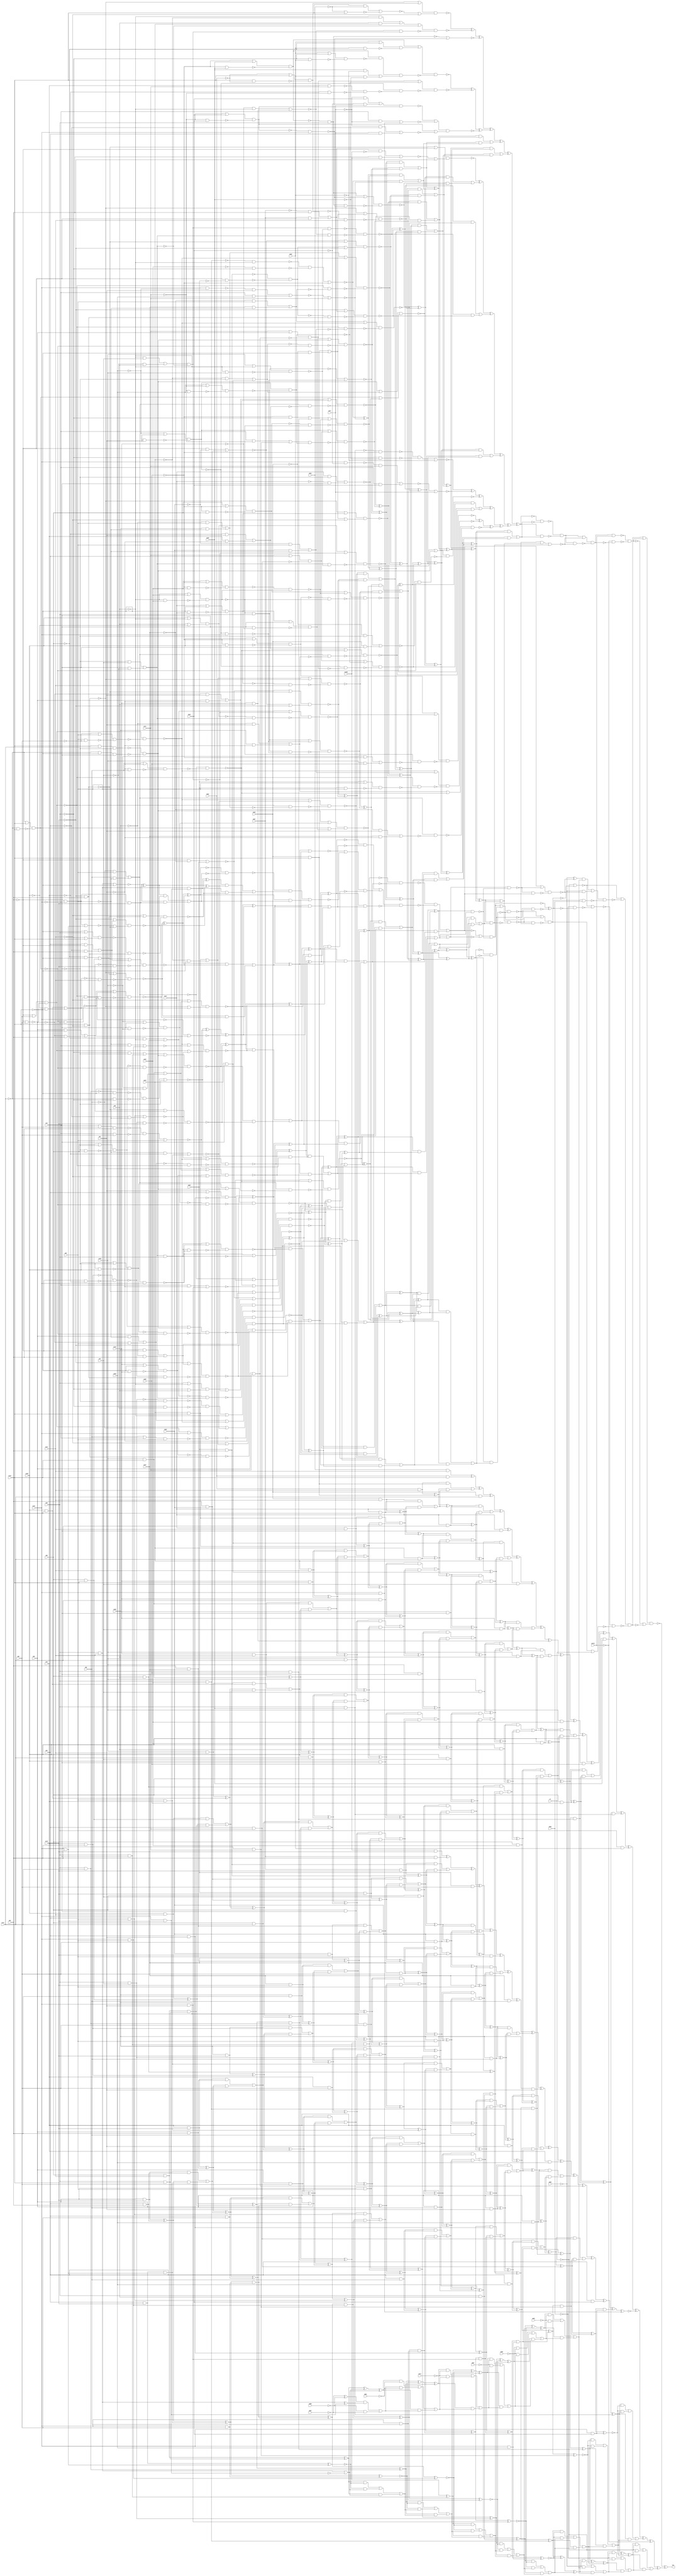
module top (out,n7,n28,n30,n37,n44,n50,n58,n60,n68
        ,n69,n79,n86,n91,n92,n104,n119,n121,n125,n133
        ,n141,n168,n176,n180,n216,n237,n392,n414,n422,n428
        ,n465,n471,n525,n558,n597,n638,n643,n652,n695,n853
        ,n860,n867,n874,n881,n887,n889,n902,n932,n950,n977
        ,n1005,n1073);
output out;
input n7;
input n28;
input n30;
input n37;
input n44;
input n50;
input n58;
input n60;
input n68;
input n69;
input n79;
input n86;
input n91;
input n92;
input n104;
input n119;
input n121;
input n125;
input n133;
input n141;
input n168;
input n176;
input n180;
input n216;
input n237;
input n392;
input n414;
input n422;
input n428;
input n465;
input n471;
input n525;
input n558;
input n597;
input n638;
input n643;
input n652;
input n695;
input n853;
input n860;
input n867;
input n874;
input n881;
input n887;
input n889;
input n902;
input n932;
input n950;
input n977;
input n1005;
input n1073;
wire n0;
wire n1;
wire n2;
wire n3;
wire n4;
wire n5;
wire n6;
wire n8;
wire n9;
wire n10;
wire n11;
wire n12;
wire n13;
wire n14;
wire n15;
wire n16;
wire n17;
wire n18;
wire n19;
wire n20;
wire n21;
wire n22;
wire n23;
wire n24;
wire n25;
wire n26;
wire n27;
wire n29;
wire n31;
wire n32;
wire n33;
wire n34;
wire n35;
wire n36;
wire n38;
wire n39;
wire n40;
wire n41;
wire n42;
wire n43;
wire n45;
wire n46;
wire n47;
wire n48;
wire n49;
wire n51;
wire n52;
wire n53;
wire n54;
wire n55;
wire n56;
wire n57;
wire n59;
wire n61;
wire n62;
wire n63;
wire n64;
wire n65;
wire n66;
wire n67;
wire n70;
wire n71;
wire n72;
wire n73;
wire n74;
wire n75;
wire n76;
wire n77;
wire n78;
wire n80;
wire n81;
wire n82;
wire n83;
wire n84;
wire n85;
wire n87;
wire n88;
wire n89;
wire n90;
wire n93;
wire n94;
wire n95;
wire n96;
wire n97;
wire n98;
wire n99;
wire n100;
wire n101;
wire n102;
wire n103;
wire n105;
wire n106;
wire n107;
wire n108;
wire n109;
wire n110;
wire n111;
wire n112;
wire n113;
wire n114;
wire n115;
wire n116;
wire n117;
wire n118;
wire n120;
wire n122;
wire n123;
wire n124;
wire n126;
wire n127;
wire n128;
wire n129;
wire n130;
wire n131;
wire n132;
wire n134;
wire n135;
wire n136;
wire n137;
wire n138;
wire n139;
wire n140;
wire n142;
wire n143;
wire n144;
wire n145;
wire n146;
wire n147;
wire n148;
wire n149;
wire n150;
wire n151;
wire n152;
wire n153;
wire n154;
wire n155;
wire n156;
wire n157;
wire n158;
wire n159;
wire n160;
wire n161;
wire n162;
wire n163;
wire n164;
wire n165;
wire n166;
wire n167;
wire n169;
wire n170;
wire n171;
wire n172;
wire n173;
wire n174;
wire n175;
wire n177;
wire n178;
wire n179;
wire n181;
wire n182;
wire n183;
wire n184;
wire n185;
wire n186;
wire n187;
wire n188;
wire n189;
wire n190;
wire n191;
wire n192;
wire n193;
wire n194;
wire n195;
wire n196;
wire n197;
wire n198;
wire n199;
wire n200;
wire n201;
wire n202;
wire n203;
wire n204;
wire n205;
wire n206;
wire n207;
wire n208;
wire n209;
wire n210;
wire n211;
wire n212;
wire n213;
wire n214;
wire n215;
wire n217;
wire n218;
wire n219;
wire n220;
wire n221;
wire n222;
wire n223;
wire n224;
wire n225;
wire n226;
wire n227;
wire n228;
wire n229;
wire n230;
wire n231;
wire n232;
wire n233;
wire n234;
wire n235;
wire n236;
wire n238;
wire n239;
wire n240;
wire n241;
wire n242;
wire n243;
wire n244;
wire n245;
wire n246;
wire n247;
wire n248;
wire n249;
wire n250;
wire n251;
wire n252;
wire n253;
wire n254;
wire n255;
wire n256;
wire n257;
wire n258;
wire n259;
wire n260;
wire n261;
wire n262;
wire n263;
wire n264;
wire n265;
wire n266;
wire n267;
wire n268;
wire n269;
wire n270;
wire n271;
wire n272;
wire n273;
wire n274;
wire n275;
wire n276;
wire n277;
wire n278;
wire n279;
wire n280;
wire n281;
wire n282;
wire n283;
wire n284;
wire n285;
wire n286;
wire n287;
wire n288;
wire n289;
wire n290;
wire n291;
wire n292;
wire n293;
wire n294;
wire n295;
wire n296;
wire n297;
wire n298;
wire n299;
wire n300;
wire n301;
wire n302;
wire n303;
wire n304;
wire n305;
wire n306;
wire n307;
wire n308;
wire n309;
wire n310;
wire n311;
wire n312;
wire n313;
wire n314;
wire n315;
wire n316;
wire n317;
wire n318;
wire n319;
wire n320;
wire n321;
wire n322;
wire n323;
wire n324;
wire n325;
wire n326;
wire n327;
wire n328;
wire n329;
wire n330;
wire n331;
wire n332;
wire n333;
wire n334;
wire n335;
wire n336;
wire n337;
wire n338;
wire n339;
wire n340;
wire n341;
wire n342;
wire n343;
wire n344;
wire n345;
wire n346;
wire n347;
wire n348;
wire n349;
wire n350;
wire n351;
wire n352;
wire n353;
wire n354;
wire n355;
wire n356;
wire n357;
wire n358;
wire n359;
wire n360;
wire n361;
wire n362;
wire n363;
wire n364;
wire n365;
wire n366;
wire n367;
wire n368;
wire n369;
wire n370;
wire n371;
wire n372;
wire n373;
wire n374;
wire n375;
wire n376;
wire n377;
wire n378;
wire n379;
wire n380;
wire n381;
wire n382;
wire n383;
wire n384;
wire n385;
wire n386;
wire n387;
wire n388;
wire n389;
wire n390;
wire n391;
wire n393;
wire n394;
wire n395;
wire n396;
wire n397;
wire n398;
wire n399;
wire n400;
wire n401;
wire n402;
wire n403;
wire n404;
wire n405;
wire n406;
wire n407;
wire n408;
wire n409;
wire n410;
wire n411;
wire n412;
wire n413;
wire n415;
wire n416;
wire n417;
wire n418;
wire n419;
wire n420;
wire n421;
wire n423;
wire n424;
wire n425;
wire n426;
wire n427;
wire n429;
wire n430;
wire n431;
wire n432;
wire n433;
wire n434;
wire n435;
wire n436;
wire n437;
wire n438;
wire n439;
wire n440;
wire n441;
wire n442;
wire n443;
wire n444;
wire n445;
wire n446;
wire n447;
wire n448;
wire n449;
wire n450;
wire n451;
wire n452;
wire n453;
wire n454;
wire n455;
wire n456;
wire n457;
wire n458;
wire n459;
wire n460;
wire n461;
wire n462;
wire n463;
wire n464;
wire n466;
wire n467;
wire n468;
wire n469;
wire n470;
wire n472;
wire n473;
wire n474;
wire n475;
wire n476;
wire n477;
wire n478;
wire n479;
wire n480;
wire n481;
wire n482;
wire n483;
wire n484;
wire n485;
wire n486;
wire n487;
wire n488;
wire n489;
wire n490;
wire n491;
wire n492;
wire n493;
wire n494;
wire n495;
wire n496;
wire n497;
wire n498;
wire n499;
wire n500;
wire n501;
wire n502;
wire n503;
wire n504;
wire n505;
wire n506;
wire n507;
wire n508;
wire n509;
wire n510;
wire n511;
wire n512;
wire n513;
wire n514;
wire n515;
wire n516;
wire n517;
wire n518;
wire n519;
wire n520;
wire n521;
wire n522;
wire n523;
wire n524;
wire n526;
wire n527;
wire n528;
wire n529;
wire n530;
wire n531;
wire n532;
wire n533;
wire n534;
wire n535;
wire n536;
wire n537;
wire n538;
wire n539;
wire n540;
wire n541;
wire n542;
wire n543;
wire n544;
wire n545;
wire n546;
wire n547;
wire n548;
wire n549;
wire n550;
wire n551;
wire n552;
wire n553;
wire n554;
wire n555;
wire n556;
wire n557;
wire n559;
wire n560;
wire n561;
wire n562;
wire n563;
wire n564;
wire n565;
wire n566;
wire n567;
wire n568;
wire n569;
wire n570;
wire n571;
wire n572;
wire n573;
wire n574;
wire n575;
wire n576;
wire n577;
wire n578;
wire n579;
wire n580;
wire n581;
wire n582;
wire n583;
wire n584;
wire n585;
wire n586;
wire n587;
wire n588;
wire n589;
wire n590;
wire n591;
wire n592;
wire n593;
wire n594;
wire n595;
wire n596;
wire n598;
wire n599;
wire n600;
wire n601;
wire n602;
wire n603;
wire n604;
wire n605;
wire n606;
wire n607;
wire n608;
wire n609;
wire n610;
wire n611;
wire n612;
wire n613;
wire n614;
wire n615;
wire n616;
wire n617;
wire n618;
wire n619;
wire n620;
wire n621;
wire n622;
wire n623;
wire n624;
wire n625;
wire n626;
wire n627;
wire n628;
wire n629;
wire n630;
wire n631;
wire n632;
wire n633;
wire n634;
wire n635;
wire n636;
wire n637;
wire n639;
wire n640;
wire n641;
wire n642;
wire n644;
wire n645;
wire n646;
wire n647;
wire n648;
wire n649;
wire n650;
wire n651;
wire n653;
wire n654;
wire n655;
wire n656;
wire n657;
wire n658;
wire n659;
wire n660;
wire n661;
wire n662;
wire n663;
wire n664;
wire n665;
wire n666;
wire n667;
wire n668;
wire n669;
wire n670;
wire n671;
wire n672;
wire n673;
wire n674;
wire n675;
wire n676;
wire n677;
wire n678;
wire n679;
wire n680;
wire n681;
wire n682;
wire n683;
wire n684;
wire n685;
wire n686;
wire n687;
wire n688;
wire n689;
wire n690;
wire n691;
wire n692;
wire n693;
wire n694;
wire n696;
wire n697;
wire n698;
wire n699;
wire n700;
wire n701;
wire n702;
wire n703;
wire n704;
wire n705;
wire n706;
wire n707;
wire n708;
wire n709;
wire n710;
wire n711;
wire n712;
wire n713;
wire n714;
wire n715;
wire n716;
wire n717;
wire n718;
wire n719;
wire n720;
wire n721;
wire n722;
wire n723;
wire n724;
wire n725;
wire n726;
wire n727;
wire n728;
wire n729;
wire n730;
wire n731;
wire n732;
wire n733;
wire n734;
wire n735;
wire n736;
wire n737;
wire n738;
wire n739;
wire n740;
wire n741;
wire n742;
wire n743;
wire n744;
wire n745;
wire n746;
wire n747;
wire n748;
wire n749;
wire n750;
wire n751;
wire n752;
wire n753;
wire n754;
wire n755;
wire n756;
wire n757;
wire n758;
wire n759;
wire n760;
wire n761;
wire n762;
wire n763;
wire n764;
wire n765;
wire n766;
wire n767;
wire n768;
wire n769;
wire n770;
wire n771;
wire n772;
wire n773;
wire n774;
wire n775;
wire n776;
wire n777;
wire n778;
wire n779;
wire n780;
wire n781;
wire n782;
wire n783;
wire n784;
wire n785;
wire n786;
wire n787;
wire n788;
wire n789;
wire n790;
wire n791;
wire n792;
wire n793;
wire n794;
wire n795;
wire n796;
wire n797;
wire n798;
wire n799;
wire n800;
wire n801;
wire n802;
wire n803;
wire n804;
wire n805;
wire n806;
wire n807;
wire n808;
wire n809;
wire n810;
wire n811;
wire n812;
wire n813;
wire n814;
wire n815;
wire n816;
wire n817;
wire n818;
wire n819;
wire n820;
wire n821;
wire n822;
wire n823;
wire n824;
wire n825;
wire n826;
wire n827;
wire n828;
wire n829;
wire n830;
wire n831;
wire n832;
wire n833;
wire n834;
wire n835;
wire n836;
wire n837;
wire n838;
wire n839;
wire n840;
wire n841;
wire n842;
wire n843;
wire n844;
wire n845;
wire n846;
wire n847;
wire n848;
wire n849;
wire n850;
wire n851;
wire n852;
wire n854;
wire n855;
wire n856;
wire n857;
wire n858;
wire n859;
wire n861;
wire n862;
wire n863;
wire n864;
wire n865;
wire n866;
wire n868;
wire n869;
wire n870;
wire n871;
wire n872;
wire n873;
wire n875;
wire n876;
wire n877;
wire n878;
wire n879;
wire n880;
wire n882;
wire n883;
wire n884;
wire n885;
wire n886;
wire n888;
wire n890;
wire n891;
wire n892;
wire n893;
wire n894;
wire n895;
wire n896;
wire n897;
wire n898;
wire n899;
wire n900;
wire n901;
wire n903;
wire n904;
wire n905;
wire n906;
wire n907;
wire n908;
wire n909;
wire n910;
wire n911;
wire n912;
wire n913;
wire n914;
wire n915;
wire n916;
wire n917;
wire n918;
wire n919;
wire n920;
wire n921;
wire n922;
wire n923;
wire n924;
wire n925;
wire n926;
wire n927;
wire n928;
wire n929;
wire n930;
wire n931;
wire n933;
wire n934;
wire n935;
wire n936;
wire n937;
wire n938;
wire n939;
wire n940;
wire n941;
wire n942;
wire n943;
wire n944;
wire n945;
wire n946;
wire n947;
wire n948;
wire n949;
wire n951;
wire n952;
wire n953;
wire n954;
wire n955;
wire n956;
wire n957;
wire n958;
wire n959;
wire n960;
wire n961;
wire n962;
wire n963;
wire n964;
wire n965;
wire n966;
wire n967;
wire n968;
wire n969;
wire n970;
wire n971;
wire n972;
wire n973;
wire n974;
wire n975;
wire n976;
wire n978;
wire n979;
wire n980;
wire n981;
wire n982;
wire n983;
wire n984;
wire n985;
wire n986;
wire n987;
wire n988;
wire n989;
wire n990;
wire n991;
wire n992;
wire n993;
wire n994;
wire n995;
wire n996;
wire n997;
wire n998;
wire n999;
wire n1000;
wire n1001;
wire n1002;
wire n1003;
wire n1004;
wire n1006;
wire n1007;
wire n1008;
wire n1009;
wire n1010;
wire n1011;
wire n1012;
wire n1013;
wire n1014;
wire n1015;
wire n1016;
wire n1017;
wire n1018;
wire n1019;
wire n1020;
wire n1021;
wire n1022;
wire n1023;
wire n1024;
wire n1025;
wire n1026;
wire n1027;
wire n1028;
wire n1029;
wire n1030;
wire n1031;
wire n1032;
wire n1033;
wire n1034;
wire n1035;
wire n1036;
wire n1037;
wire n1038;
wire n1039;
wire n1040;
wire n1041;
wire n1042;
wire n1043;
wire n1044;
wire n1045;
wire n1046;
wire n1047;
wire n1048;
wire n1049;
wire n1050;
wire n1051;
wire n1052;
wire n1053;
wire n1054;
wire n1055;
wire n1056;
wire n1057;
wire n1058;
wire n1059;
wire n1060;
wire n1061;
wire n1062;
wire n1063;
wire n1064;
wire n1065;
wire n1066;
wire n1067;
wire n1068;
wire n1069;
wire n1070;
wire n1071;
wire n1072;
wire n1074;
wire n1075;
wire n1076;
wire n1077;
wire n1078;
wire n1079;
wire n1080;
wire n1081;
wire n1082;
wire n1083;
wire n1084;
wire n1085;
wire n1086;
wire n1087;
wire n1088;
wire n1089;
wire n1090;
wire n1091;
wire n1092;
wire n1093;
wire n1094;
wire n1095;
wire n1096;
wire n1097;
wire n1098;
wire n1099;
wire n1100;
wire n1101;
wire n1102;
wire n1103;
wire n1104;
wire n1105;
wire n1106;
wire n1107;
wire n1108;
wire n1109;
wire n1110;
wire n1111;
wire n1112;
wire n1113;
wire n1114;
wire n1115;
wire n1116;
wire n1117;
wire n1118;
wire n1119;
wire n1120;
wire n1121;
wire n1122;
wire n1123;
wire n1124;
wire n1125;
wire n1126;
wire n1127;
wire n1128;
wire n1129;
wire n1130;
wire n1131;
wire n1132;
wire n1133;
wire n1134;
wire n1135;
wire n1136;
wire n1137;
wire n1138;
wire n1139;
wire n1140;
wire n1141;
wire n1142;
wire n1143;
wire n1144;
wire n1145;
wire n1146;
wire n1147;
wire n1148;
wire n1149;
wire n1150;
wire n1151;
wire n1152;
wire n1153;
wire n1154;
wire n1155;
wire n1156;
wire n1157;
wire n1158;
wire n1159;
wire n1160;
wire n1161;
wire n1162;
wire n1163;
wire n1164;
wire n1165;
wire n1166;
wire n1167;
wire n1168;
wire n1169;
wire n1170;
wire n1171;
wire n1172;
wire n1173;
wire n1174;
wire n1175;
wire n1176;
wire n1177;
wire n1178;
wire n1179;
wire n1180;
wire n1181;
wire n1182;
wire n1183;
wire n1184;
wire n1185;
wire n1186;
wire n1187;
wire n1188;
wire n1189;
wire n1190;
wire n1191;
wire n1192;
wire n1193;
wire n1194;
wire n1195;
wire n1196;
wire n1197;
wire n1198;
wire n1199;
wire n1200;
wire n1201;
wire n1202;
wire n1203;
wire n1204;
wire n1205;
wire n1206;
wire n1207;
wire n1208;
wire n1209;
wire n1210;
wire n1211;
wire n1212;
wire n1213;
wire n1214;
wire n1215;
wire n1216;
wire n1217;
wire n1218;
wire n1219;
wire n1220;
wire n1221;
wire n1222;
wire n1223;
wire n1224;
wire n1225;
wire n1226;
wire n1227;
wire n1228;
wire n1229;
wire n1230;
wire n1231;
wire n1232;
wire n1233;
wire n1234;
wire n1235;
wire n1236;
wire n1237;
wire n1238;
wire n1239;
wire n1240;
wire n1241;
wire n1242;
wire n1243;
wire n1244;
wire n1245;
wire n1246;
wire n1247;
wire n1248;
wire n1249;
wire n1250;
wire n1251;
wire n1252;
wire n1253;
wire n1254;
wire n1255;
wire n1256;
wire n1257;
wire n1258;
wire n1259;
wire n1260;
wire n1261;
wire n1262;
wire n1263;
wire n1264;
wire n1265;
wire n1266;
wire n1267;
wire n1268;
wire n1269;
wire n1270;
wire n1271;
wire n1272;
wire n1273;
wire n1274;
wire n1275;
wire n1276;
wire n1277;
wire n1278;
wire n1279;
wire n1280;
wire n1281;
wire n1282;
wire n1283;
wire n1284;
wire n1285;
wire n1286;
wire n1287;
wire n1288;
wire n1289;
wire n1290;
wire n1291;
wire n1292;
wire n1293;
wire n1294;
wire n1295;
wire n1296;
wire n1297;
wire n1298;
wire n1299;
wire n1300;
wire n1301;
wire n1302;
wire n1303;
wire n1304;
wire n1305;
wire n1306;
wire n1307;
wire n1308;
wire n1309;
wire n1310;
wire n1311;
wire n1312;
wire n1313;
wire n1314;
wire n1315;
wire n1316;
wire n1317;
wire n1318;
wire n1319;
wire n1320;
wire n1321;
wire n1322;
wire n1323;
wire n1324;
wire n1325;
wire n1326;
wire n1327;
wire n1328;
wire n1329;
wire n1330;
wire n1331;
wire n1332;
wire n1333;
wire n1334;
wire n1335;
wire n1336;
wire n1337;
wire n1338;
wire n1339;
wire n1340;
wire n1341;
wire n1342;
wire n1343;
wire n1344;
wire n1345;
wire n1346;
wire n1347;
wire n1348;
wire n1349;
wire n1350;
wire n1351;
wire n1352;
wire n1353;
wire n1354;
wire n1355;
wire n1356;
wire n1357;
wire n1358;
wire n1359;
wire n1360;
wire n1361;
wire n1362;
wire n1363;
wire n1364;
wire n1365;
wire n1366;
wire n1367;
wire n1368;
wire n1369;
wire n1370;
wire n1371;
wire n1372;
wire n1373;
wire n1374;
wire n1375;
wire n1376;
wire n1377;
wire n1378;
wire n1379;
wire n1380;
wire n1381;
wire n1382;
wire n1383;
wire n1384;
wire n1385;
wire n1386;
wire n1387;
wire n1388;
wire n1389;
wire n1390;
wire n1391;
wire n1392;
wire n1393;
wire n1394;
wire n1395;
wire n1396;
wire n1397;
wire n1398;
wire n1399;
wire n1400;
wire n1401;
wire n1402;
wire n1403;
wire n1404;
wire n1405;
wire n1406;
wire n1407;
wire n1408;
wire n1409;
wire n1410;
wire n1411;
wire n1412;
wire n1413;
wire n1414;
wire n1415;
wire n1416;
wire n1417;
wire n1418;
wire n1419;
wire n1420;
wire n1421;
xor (out,n0,n1077);
nand (n0,n1,n1076);
or (n1,n2,n909);
not (n2,n3);
nand (n3,n4,n903);
or (n4,n5,n689);
nor (n5,n6,n8);
not (n6,n7);
nand (n8,n9,n688);
or (n9,n10,n576);
nand (n10,n11,n575);
or (n11,n12,n445);
not (n12,n13);
nand (n13,n14,n444);
or (n14,n15,n359);
nor (n15,n16,n358);
and (n16,n17,n270);
nand (n17,n18,n239);
not (n18,n19);
xor (n19,n20,n150);
xor (n20,n21,n106);
xor (n21,n22,n81);
xor (n22,n23,n53);
nand (n23,n24,n46);
or (n24,n25,n33);
not (n25,n26);
nand (n26,n27,n31);
or (n27,n28,n29);
not (n29,n30);
or (n31,n32,n30);
not (n32,n28);
nand (n33,n34,n41);
or (n34,n35,n38);
not (n35,n36);
nand (n36,n29,n37);
not (n38,n39);
nand (n39,n40,n30);
not (n40,n37);
nor (n41,n42,n45);
and (n42,n43,n37);
not (n43,n44);
and (n45,n44,n40);
nand (n46,n47,n52);
nor (n47,n48,n51);
and (n48,n49,n29);
not (n49,n50);
and (n51,n50,n30);
not (n52,n41);
nand (n53,n54,n75);
or (n54,n55,n63);
not (n55,n56);
nor (n56,n57,n61);
and (n57,n58,n59);
not (n59,n60);
and (n61,n62,n60);
not (n62,n58);
nand (n63,n64,n71);
not (n64,n65);
nand (n65,n66,n70);
or (n66,n67,n69);
not (n67,n68);
nand (n70,n67,n69);
nand (n71,n72,n74);
or (n72,n73,n60);
not (n73,n69);
nand (n74,n60,n73);
or (n75,n64,n76);
nor (n76,n77,n80);
and (n77,n59,n78);
not (n78,n79);
and (n80,n60,n79);
nand (n81,n82,n95);
or (n82,n83,n88);
nor (n83,n84,n87);
and (n84,n85,n60);
not (n85,n86);
and (n87,n86,n59);
not (n88,n89);
nand (n89,n90,n93);
or (n90,n91,n92);
not (n93,n94);
and (n94,n92,n91);
or (n95,n96,n101);
nand (n96,n83,n97);
nand (n97,n98,n100);
or (n98,n86,n99);
not (n99,n91);
nand (n100,n99,n86);
nor (n101,n102,n105);
and (n102,n103,n99);
not (n103,n104);
and (n105,n104,n91);
or (n106,n107,n149);
and (n107,n108,n135);
xor (n108,n109,n116);
nand (n109,n110,n115);
or (n110,n111,n63);
nor (n111,n112,n113);
and (n112,n92,n60);
and (n113,n114,n59);
not (n114,n92);
nand (n115,n56,n65);
nand (n116,n117,n129);
or (n117,n118,n122);
nand (n118,n119,n120);
not (n120,n121);
not (n122,n123);
nor (n123,n124,n126);
and (n124,n125,n119);
and (n126,n127,n128);
not (n127,n125);
not (n128,n119);
or (n129,n130,n120);
not (n130,n131);
nand (n131,n132,n134);
or (n132,n133,n128);
nand (n134,n128,n133);
and (n135,n136,n144);
nor (n136,n137,n43);
and (n137,n138,n142);
nand (n138,n139,n128);
not (n139,n140);
and (n140,n28,n141);
nand (n142,n143,n32);
not (n143,n141);
nor (n144,n145,n60);
and (n145,n146,n148);
nand (n146,n147,n68);
or (n147,n103,n69);
nand (n148,n103,n69);
and (n149,n109,n116);
xor (n150,n151,n221);
xor (n151,n152,n198);
or (n152,n153,n197);
and (n153,n154,n190);
xor (n154,n155,n173);
nand (n155,n156,n165);
or (n156,n157,n161);
not (n157,n158);
nand (n158,n159,n160);
or (n159,n50,n43);
nand (n160,n43,n50);
not (n161,n162);
nand (n162,n163,n164);
nand (n163,n119,n141,n43);
nand (n164,n143,n128,n44);
nand (n165,n166,n170);
nand (n166,n167,n169);
or (n167,n168,n43);
nand (n169,n43,n168);
nand (n170,n171,n172);
or (n171,n143,n119);
nand (n172,n143,n119);
nand (n173,n174,n183);
or (n174,n175,n177);
not (n175,n176);
not (n177,n178);
nor (n178,n179,n181);
and (n179,n180,n67);
and (n181,n182,n68);
not (n182,n180);
nand (n183,n184,n188);
nand (n184,n185,n187);
not (n185,n186);
and (n186,n79,n68);
nand (n187,n67,n78);
not (n188,n189);
nand (n189,n175,n68);
nand (n190,n191,n196);
or (n191,n192,n194);
not (n192,n193);
nand (n193,n52,n28);
nand (n194,n195,n104);
not (n195,n83);
nand (n196,n192,n194);
and (n197,n155,n173);
xor (n198,n199,n211);
xor (n199,n200,n206);
nor (n200,n201,n29);
and (n201,n202,n205);
nand (n202,n203,n43);
not (n203,n204);
and (n204,n28,n37);
nand (n205,n32,n40);
and (n206,n207,n99);
nand (n207,n208,n209);
or (n208,n85,n104);
nand (n209,n210,n60);
or (n210,n86,n103);
nand (n211,n212,n219);
or (n212,n120,n213);
not (n213,n214);
nor (n214,n215,n217);
and (n215,n216,n119);
and (n217,n218,n128);
not (n218,n216);
nand (n219,n131,n220);
not (n220,n118);
xor (n221,n222,n231);
xor (n222,n223,n230);
nand (n223,n224,n226);
or (n224,n225,n161);
not (n225,n166);
nand (n226,n227,n170);
nand (n227,n228,n229);
or (n228,n127,n44);
nand (n229,n44,n127);
nor (n230,n194,n193);
nand (n231,n232,n233);
or (n232,n189,n177);
or (n233,n234,n175);
nor (n234,n235,n238);
and (n235,n67,n236);
not (n236,n237);
and (n238,n68,n237);
not (n239,n240);
or (n240,n241,n269);
and (n241,n242,n268);
xor (n242,n243,n267);
or (n243,n244,n266);
and (n244,n245,n260);
xor (n245,n246,n253);
nand (n246,n247,n252);
or (n247,n248,n161);
not (n248,n249);
nor (n249,n250,n251);
and (n250,n32,n43);
and (n251,n28,n44);
nand (n252,n158,n170);
nand (n253,n254,n259);
or (n254,n189,n255);
not (n255,n256);
nor (n256,n257,n258);
and (n257,n58,n67);
and (n258,n62,n68);
nand (n259,n184,n176);
nand (n260,n261,n265);
or (n261,n63,n262);
nor (n262,n263,n264);
and (n263,n59,n103);
and (n264,n104,n60);
or (n265,n64,n111);
and (n266,n246,n253);
xor (n267,n154,n190);
xor (n268,n108,n135);
and (n269,n243,n267);
nand (n270,n271,n357);
or (n271,n272,n316);
not (n272,n273);
nand (n273,n274,n276);
not (n274,n275);
xor (n275,n242,n268);
not (n276,n277);
or (n277,n278,n315);
and (n278,n279,n293);
xor (n279,n280,n288);
nand (n280,n281,n282);
or (n281,n120,n122);
or (n282,n118,n283);
not (n283,n284);
nor (n284,n285,n286);
and (n285,n168,n119);
and (n286,n287,n128);
not (n287,n168);
xor (n288,n289,n290);
xor (n289,n136,n144);
nor (n290,n291,n292);
nand (n291,n65,n104);
nand (n292,n170,n28);
or (n293,n294,n314);
and (n294,n295,n307);
xor (n295,n296,n303);
nand (n296,n297,n302);
or (n297,n118,n298);
not (n298,n299);
nor (n299,n300,n301);
and (n300,n49,n128);
and (n301,n50,n119);
nand (n302,n284,n121);
nand (n303,n304,n306);
or (n304,n292,n305);
not (n305,n291);
nand (n306,n305,n292);
nand (n307,n308,n313);
or (n308,n189,n309);
not (n309,n310);
nor (n310,n311,n312);
and (n311,n92,n67);
and (n312,n114,n68);
nand (n313,n256,n176);
and (n314,n296,n303);
and (n315,n280,n288);
not (n316,n317);
nand (n317,n318,n356);
or (n318,n319,n322);
nor (n319,n320,n321);
xor (n320,n279,n293);
xor (n321,n245,n260);
nor (n322,n323,n354);
and (n323,n324,n341);
nand (n324,n325,n327);
not (n325,n326);
xor (n326,n295,n307);
not (n327,n328);
or (n328,n329,n340);
and (n329,n330,n334);
xor (n330,n331,n333);
nor (n331,n332,n128);
and (n332,n28,n121);
and (n333,n67,n103,n176);
nand (n334,n335,n336);
or (n335,n175,n309);
or (n336,n337,n189);
nor (n337,n338,n339);
and (n338,n67,n103);
and (n339,n104,n68);
and (n340,n331,n333);
or (n341,n342,n353);
and (n342,n343,n352);
xor (n343,n344,n346);
and (n344,n332,n345);
and (n345,n104,n176);
nand (n346,n347,n348);
or (n347,n120,n298);
nand (n348,n349,n220);
nand (n349,n350,n351);
or (n350,n128,n28);
or (n351,n32,n119);
xor (n352,n330,n334);
and (n353,n344,n346);
not (n354,n355);
nand (n355,n326,n328);
nand (n356,n320,n321);
nand (n357,n275,n277);
and (n358,n19,n240);
nor (n359,n360,n441);
xor (n360,n361,n379);
xor (n361,n362,n376);
xor (n362,n363,n373);
xor (n363,n364,n370);
nand (n364,n365,n366);
or (n365,n88,n96);
nand (n366,n195,n367);
nor (n367,n368,n369);
and (n368,n62,n91);
and (n369,n58,n99);
or (n370,n371,n372);
and (n371,n222,n231);
and (n372,n223,n230);
or (n373,n374,n375);
and (n374,n199,n211);
and (n375,n200,n206);
or (n376,n377,n378);
and (n377,n151,n221);
and (n378,n152,n198);
xor (n379,n380,n407);
xor (n380,n381,n384);
or (n381,n382,n383);
and (n382,n22,n81);
and (n383,n23,n53);
xor (n384,n385,n401);
xor (n385,n386,n394);
nand (n386,n387,n388);
or (n387,n234,n189);
or (n388,n389,n175);
nor (n389,n390,n393);
and (n390,n67,n391);
not (n391,n392);
and (n393,n68,n392);
nand (n394,n395,n397);
or (n395,n396,n33);
not (n396,n47);
nand (n397,n398,n52);
nand (n398,n399,n400);
or (n399,n168,n29);
or (n400,n30,n287);
nand (n401,n402,n403);
or (n402,n63,n76);
nand (n403,n65,n404);
nor (n404,n405,n406);
and (n405,n182,n60);
and (n406,n180,n59);
xor (n407,n408,n431);
xor (n408,n409,n416);
nand (n409,n410,n411);
or (n410,n213,n118);
nand (n411,n412,n121);
nand (n412,n413,n415);
or (n413,n414,n128);
nand (n415,n128,n414);
nand (n416,n417,n430);
or (n417,n418,n424);
not (n418,n419);
nand (n419,n420,n28);
nand (n420,n421,n423);
or (n421,n29,n422);
nand (n423,n29,n422);
nand (n424,n425,n104);
nand (n425,n426,n429);
or (n426,n427,n91);
not (n427,n428);
nand (n429,n427,n91);
nand (n430,n418,n424);
nand (n431,n432,n434);
or (n432,n161,n433);
not (n433,n227);
or (n434,n435,n436);
not (n435,n170);
not (n436,n437);
nand (n437,n438,n440);
or (n438,n439,n44);
not (n439,n133);
nand (n440,n44,n439);
or (n441,n442,n443);
and (n442,n20,n150);
and (n443,n21,n106);
nand (n444,n360,n441);
not (n445,n446);
nand (n446,n447,n571);
not (n447,n448);
xor (n448,n449,n528);
xor (n449,n450,n453);
or (n450,n451,n452);
and (n451,n380,n407);
and (n452,n381,n384);
xor (n453,n454,n490);
xor (n454,n455,n487);
xor (n455,n456,n472);
xor (n456,n457,n466);
nor (n457,n458,n464);
and (n458,n459,n462);
nand (n459,n460,n29);
not (n460,n461);
and (n461,n28,n422);
nand (n462,n463,n32);
not (n463,n422);
not (n464,n465);
nor (n466,n467,n471);
nor (n467,n468,n470);
and (n468,n469,n91);
nand (n469,n104,n427);
and (n470,n103,n428);
nand (n472,n473,n483);
or (n473,n474,n478);
not (n474,n475);
nor (n475,n476,n477);
and (n476,n464,n32);
and (n477,n28,n465);
nand (n478,n479,n482);
nand (n479,n480,n481);
or (n480,n422,n464);
nand (n481,n464,n422);
not (n482,n420);
nand (n483,n484,n420);
nand (n484,n485,n486);
or (n485,n50,n464);
nand (n486,n464,n50);
or (n487,n488,n489);
and (n488,n385,n401);
and (n489,n386,n394);
xor (n490,n491,n518);
xor (n491,n492,n499);
nand (n492,n493,n495);
or (n493,n494,n96);
not (n494,n367);
nand (n495,n195,n496);
nor (n496,n497,n498);
and (n497,n78,n91);
and (n498,n79,n99);
nand (n499,n500,n507);
or (n500,n501,n502);
not (n501,n425);
not (n502,n503);
nand (n503,n504,n505);
or (n504,n471,n92);
not (n505,n506);
and (n506,n92,n471);
nand (n507,n508,n513);
not (n508,n509);
nor (n509,n510,n512);
and (n510,n103,n511);
not (n511,n471);
and (n512,n104,n471);
not (n513,n514);
nand (n514,n501,n515);
nand (n515,n516,n517);
or (n516,n428,n511);
nand (n517,n511,n428);
nand (n518,n519,n521);
or (n519,n118,n520);
not (n520,n412);
or (n521,n522,n120);
not (n522,n523);
nor (n523,n524,n526);
and (n524,n525,n119);
and (n526,n527,n128);
not (n527,n525);
xor (n528,n529,n549);
xor (n529,n530,n546);
xor (n530,n531,n539);
xor (n531,n532,n538);
nand (n532,n533,n534);
or (n533,n436,n161);
nand (n534,n535,n170);
nor (n535,n536,n537);
and (n536,n218,n43);
and (n537,n216,n44);
nor (n538,n419,n424);
nand (n539,n540,n542);
or (n540,n541,n33);
not (n541,n398);
nand (n542,n52,n543);
nand (n543,n544,n545);
or (n544,n125,n29);
nand (n545,n29,n125);
or (n546,n547,n548);
and (n547,n363,n373);
and (n548,n364,n370);
xor (n549,n550,n568);
xor (n550,n551,n561);
nand (n551,n552,n553);
or (n552,n389,n189);
or (n553,n554,n175);
not (n554,n555);
nand (n555,n556,n559);
not (n556,n557);
and (n557,n558,n68);
nand (n559,n67,n560);
not (n560,n558);
nand (n561,n562,n564);
or (n562,n563,n63);
not (n563,n404);
nand (n564,n65,n565);
nor (n565,n566,n567);
and (n566,n236,n60);
and (n567,n237,n59);
or (n568,n569,n570);
and (n569,n408,n431);
and (n570,n409,n416);
not (n571,n572);
or (n572,n573,n574);
and (n573,n361,n379);
and (n574,n362,n376);
nand (n575,n448,n572);
nand (n576,n577,n687);
or (n577,n578,n684);
xor (n578,n579,n665);
xor (n579,n580,n662);
xor (n580,n581,n630);
xor (n581,n582,n607);
xor (n582,n583,n600);
xor (n583,n584,n591);
nand (n584,n585,n587);
nand (n585,n586,n543);
not (n586,n33);
nand (n587,n588,n52);
nor (n588,n589,n590);
and (n589,n439,n29);
and (n590,n133,n30);
nand (n591,n592,n599);
or (n592,n175,n593);
not (n593,n594);
nor (n594,n595,n598);
and (n595,n596,n68);
not (n596,n597);
and (n598,n597,n67);
nand (n599,n555,n188);
nand (n600,n601,n603);
or (n601,n602,n63);
not (n602,n565);
nand (n603,n65,n604);
nor (n604,n605,n606);
and (n605,n391,n60);
and (n606,n392,n59);
xor (n607,n608,n623);
xor (n608,n609,n616);
nand (n609,n610,n612);
or (n610,n611,n478);
not (n611,n484);
nand (n612,n613,n420);
nand (n613,n614,n615);
or (n614,n168,n464);
nand (n615,n464,n168);
nand (n616,n617,n619);
or (n617,n618,n96);
not (n618,n496);
nand (n619,n195,n620);
nor (n620,n621,n622);
and (n621,n182,n91);
and (n622,n180,n99);
nand (n623,n624,n625);
or (n624,n502,n514);
nand (n625,n425,n626);
nand (n626,n627,n628);
or (n627,n471,n58);
not (n628,n629);
and (n629,n58,n471);
xor (n630,n631,n654);
xor (n631,n632,n646);
nand (n632,n633,n645);
or (n633,n634,n640);
not (n634,n635);
nand (n635,n636,n28);
nand (n636,n637,n639);
or (n637,n464,n638);
nand (n639,n464,n638);
nand (n640,n641,n104);
nand (n641,n642,n644);
or (n642,n511,n643);
nand (n644,n511,n643);
nand (n645,n634,n640);
nand (n646,n647,n648);
or (n647,n118,n522);
nand (n648,n649,n121);
nand (n649,n650,n653);
or (n650,n651,n119);
not (n651,n652);
nand (n653,n119,n651);
nand (n654,n655,n657);
or (n655,n161,n656);
not (n656,n535);
or (n657,n435,n658);
nor (n658,n659,n660);
and (n659,n414,n43);
and (n660,n661,n44);
not (n661,n414);
or (n662,n663,n664);
and (n663,n529,n549);
and (n664,n530,n546);
xor (n665,n666,n673);
xor (n666,n667,n670);
or (n667,n668,n669);
and (n668,n550,n568);
and (n669,n551,n561);
or (n670,n671,n672);
and (n671,n454,n490);
and (n672,n455,n487);
xor (n673,n674,n681);
xor (n674,n675,n678);
or (n675,n676,n677);
and (n676,n531,n539);
and (n677,n532,n538);
or (n678,n679,n680);
and (n679,n456,n472);
and (n680,n457,n466);
or (n681,n682,n683);
and (n682,n491,n518);
and (n683,n492,n499);
or (n684,n685,n686);
and (n685,n449,n528);
and (n686,n450,n453);
nand (n687,n578,n684);
nand (n688,n576,n10);
not (n689,n690);
and (n690,n691,n898);
or (n691,n692,n897);
and (n692,n693,n702);
xor (n693,n694,n696);
not (n694,n695);
nand (n696,n697,n701);
or (n697,n698,n699);
not (n698,n15);
nand (n699,n700,n444);
not (n700,n359);
nand (n701,n699,n698);
or (n702,n703,n854,n896);
and (n703,n704,n852);
xor (n704,n705,n822);
xor (n705,n706,n763);
xor (n706,n707,n762);
xor (n707,n708,n760);
xor (n708,n709,n759);
xor (n709,n710,n751);
xor (n710,n711,n750);
xor (n711,n712,n736);
xor (n712,n713,n735);
xor (n713,n714,n717);
xor (n714,n715,n716);
and (n715,n216,n121);
and (n716,n133,n119);
or (n717,n718,n720);
and (n718,n719,n124);
and (n719,n133,n121);
and (n720,n721,n722);
xor (n721,n719,n124);
or (n722,n723,n725);
and (n723,n724,n285);
and (n724,n125,n121);
and (n725,n726,n727);
xor (n726,n724,n285);
or (n727,n728,n730);
and (n728,n729,n301);
and (n729,n168,n121);
and (n730,n731,n732);
xor (n731,n729,n301);
and (n732,n733,n734);
and (n733,n50,n121);
and (n734,n28,n119);
and (n735,n125,n141);
or (n736,n737,n740);
and (n737,n738,n739);
xor (n738,n721,n722);
and (n739,n168,n141);
and (n740,n741,n742);
xor (n741,n738,n739);
or (n742,n743,n746);
and (n743,n744,n745);
xor (n744,n726,n727);
and (n745,n50,n141);
and (n746,n747,n748);
xor (n747,n744,n745);
and (n748,n749,n140);
xor (n749,n731,n732);
and (n750,n168,n44);
or (n751,n752,n755);
and (n752,n753,n754);
xor (n753,n741,n742);
and (n754,n50,n44);
and (n755,n756,n757);
xor (n756,n753,n754);
and (n757,n758,n251);
xor (n758,n747,n748);
and (n759,n50,n37);
and (n760,n761,n204);
xor (n761,n756,n757);
and (n762,n28,n30);
not (n763,n764);
xor (n764,n765,n105);
xor (n765,n766,n819);
xor (n766,n767,n818);
xor (n767,n768,n811);
xor (n768,n769,n810);
xor (n769,n770,n795);
xor (n770,n771,n794);
xor (n771,n772,n775);
xor (n772,n773,n774);
and (n773,n237,n176);
and (n774,n180,n68);
or (n775,n776,n778);
and (n776,n777,n186);
and (n777,n180,n176);
and (n778,n779,n780);
xor (n779,n777,n186);
or (n780,n781,n784);
and (n781,n782,n783);
and (n782,n79,n176);
and (n783,n58,n68);
and (n784,n785,n786);
xor (n785,n782,n783);
or (n786,n787,n790);
and (n787,n788,n789);
and (n788,n58,n176);
and (n789,n92,n68);
and (n790,n791,n792);
xor (n791,n788,n789);
and (n792,n793,n339);
and (n793,n92,n176);
and (n794,n79,n69);
or (n795,n796,n799);
and (n796,n797,n798);
xor (n797,n779,n780);
and (n798,n58,n69);
and (n799,n800,n801);
xor (n800,n797,n798);
or (n801,n802,n805);
and (n802,n803,n804);
xor (n803,n785,n786);
and (n804,n92,n69);
and (n805,n806,n807);
xor (n806,n803,n804);
and (n807,n808,n809);
xor (n808,n791,n792);
and (n809,n104,n69);
and (n810,n58,n60);
or (n811,n812,n814);
and (n812,n813,n112);
xor (n813,n800,n801);
and (n814,n815,n816);
xor (n815,n813,n112);
and (n816,n817,n264);
xor (n817,n806,n807);
and (n818,n92,n86);
and (n819,n820,n821);
xor (n820,n815,n816);
and (n821,n104,n86);
or (n822,n823,n827,n851);
and (n823,n824,n825);
xor (n824,n761,n204);
not (n825,n826);
xor (n826,n820,n821);
and (n827,n825,n828);
or (n828,n829,n833,n850);
and (n829,n830,n831);
xor (n830,n758,n251);
not (n831,n832);
xor (n832,n817,n264);
and (n833,n831,n834);
or (n834,n835,n839,n849);
and (n835,n836,n837);
xor (n836,n749,n140);
not (n837,n838);
xor (n838,n808,n809);
and (n839,n837,n840);
or (n840,n841,n845,n848);
and (n841,n842,n843);
xor (n842,n733,n734);
not (n843,n844);
xor (n844,n793,n339);
and (n845,n843,n846);
or (n846,n332,n847);
not (n847,n345);
and (n848,n842,n846);
and (n849,n836,n840);
and (n850,n830,n834);
and (n851,n824,n828);
not (n852,n853);
and (n854,n852,n855);
or (n855,n856,n861,n895);
and (n856,n857,n859);
xor (n857,n858,n828);
xor (n858,n824,n825);
not (n859,n860);
and (n861,n859,n862);
or (n862,n863,n868,n894);
and (n863,n864,n866);
xor (n864,n865,n834);
xor (n865,n830,n831);
not (n866,n867);
and (n868,n866,n869);
or (n869,n870,n875,n893);
and (n870,n871,n873);
xor (n871,n872,n840);
xor (n872,n836,n837);
not (n873,n874);
and (n875,n873,n876);
or (n876,n877,n882,n892);
and (n877,n878,n880);
xor (n878,n879,n846);
xor (n879,n842,n843);
not (n880,n881);
and (n882,n883,n880);
or (n883,n884,n891);
and (n884,n885,n890);
xor (n885,n886,n888);
not (n886,n887);
not (n888,n889);
xor (n890,n332,n345);
and (n891,n888,n886);
and (n892,n878,n883);
and (n893,n871,n876);
and (n894,n864,n869);
and (n895,n857,n862);
and (n896,n704,n855);
and (n897,n694,n696);
nand (n898,n899,n902);
not (n899,n900);
xnor (n900,n13,n901);
nand (n901,n446,n575);
nor (n903,n904,n907);
nor (n904,n5,n905);
nand (n905,n906,n900);
not (n906,n902);
nor (n907,n908,n7);
not (n908,n8);
not (n909,n910);
nand (n910,n911,n1074);
nand (n911,n912,n1073);
not (n912,n913);
nand (n913,n914,n1072);
or (n914,n915,n1069);
not (n915,n916);
nand (n916,n917,n1068);
nand (n917,n918,n1064);
not (n918,n919);
xor (n919,n920,n995);
xor (n920,n921,n992);
xor (n921,n922,n989);
xor (n922,n923,n942);
xor (n923,n924,n941);
xor (n924,n925,n934);
nand (n925,n926,n928);
or (n926,n118,n927);
not (n927,n649);
or (n928,n929,n120);
nor (n929,n930,n933);
and (n930,n119,n931);
not (n931,n932);
nor (n933,n931,n119);
nand (n934,n935,n940);
or (n935,n936,n41);
not (n936,n937);
nor (n937,n938,n939);
and (n938,n29,n218);
and (n939,n30,n216);
nand (n940,n588,n586);
nor (n941,n635,n640);
xor (n942,n943,n970);
xor (n943,n944,n962);
nand (n944,n945,n952);
or (n945,n946,n947);
not (n946,n636);
not (n947,n948);
nand (n948,n949,n951);
or (n949,n950,n49);
nand (n951,n950,n49);
nand (n952,n946,n953,n956);
nand (n953,n954,n955);
or (n954,n950,n32);
nand (n955,n32,n950);
not (n956,n957);
nor (n957,n958,n960);
and (n958,n638,n959);
not (n959,n950);
and (n960,n950,n961);
not (n961,n638);
nand (n962,n963,n965);
or (n963,n964,n514);
not (n964,n626);
nand (n965,n425,n966);
nand (n966,n967,n969);
not (n967,n968);
and (n968,n79,n471);
nand (n969,n78,n511);
nand (n970,n971,n985);
or (n971,n972,n982);
nand (n972,n973,n981);
or (n973,n974,n978);
not (n974,n975);
nand (n975,n976,n643);
not (n976,n977);
not (n978,n979);
nand (n979,n980,n977);
not (n980,n643);
not (n981,n641);
nor (n982,n983,n984);
and (n983,n103,n976);
and (n984,n104,n977);
or (n985,n981,n986);
nor (n986,n987,n988);
and (n987,n976,n114);
and (n988,n977,n92);
or (n989,n990,n991);
and (n990,n674,n681);
and (n991,n675,n678);
or (n992,n993,n994);
and (n993,n666,n673);
and (n994,n667,n670);
xor (n995,n996,n1016);
xor (n996,n997,n1013);
xor (n997,n998,n1010);
xor (n998,n999,n1007);
nand (n999,n1000,n1001);
or (n1000,n189,n593);
or (n1001,n1002,n175);
nor (n1002,n1003,n1006);
and (n1003,n67,n1004);
not (n1004,n1005);
and (n1006,n68,n1005);
or (n1007,n1008,n1009);
and (n1008,n631,n654);
and (n1009,n632,n646);
or (n1010,n1011,n1012);
and (n1011,n583,n600);
and (n1012,n584,n591);
or (n1013,n1014,n1015);
and (n1014,n581,n630);
and (n1015,n582,n607);
xor (n1016,n1017,n1040);
xor (n1017,n1018,n1037);
xor (n1018,n1019,n1031);
xor (n1019,n1020,n1026);
nor (n1020,n1021,n959);
and (n1021,n1022,n1025);
nand (n1022,n1023,n464);
not (n1023,n1024);
and (n1024,n28,n638);
nand (n1025,n32,n961);
nor (n1026,n1027,n977);
nor (n1027,n1028,n1030);
and (n1028,n1029,n471);
nand (n1029,n104,n980);
and (n1030,n103,n643);
nand (n1031,n1032,n1033);
or (n1032,n658,n161);
nand (n1033,n1034,n170);
nor (n1034,n1035,n1036);
and (n1035,n527,n43);
and (n1036,n525,n44);
or (n1037,n1038,n1039);
and (n1038,n608,n623);
and (n1039,n609,n616);
xor (n1040,n1041,n1057);
xor (n1041,n1042,n1049);
nand (n1042,n1043,n1045);
or (n1043,n1044,n478);
not (n1044,n613);
nand (n1045,n420,n1046);
nor (n1046,n1047,n1048);
and (n1047,n127,n464);
and (n1048,n125,n465);
nand (n1049,n1050,n1052);
or (n1050,n63,n1051);
not (n1051,n604);
nand (n1052,n65,n1053);
nand (n1053,n1054,n1055);
or (n1054,n558,n60);
not (n1055,n1056);
and (n1056,n558,n60);
nand (n1057,n1058,n1060);
or (n1058,n1059,n96);
not (n1059,n620);
nand (n1060,n195,n1061);
nor (n1061,n1062,n1063);
and (n1062,n236,n91);
and (n1063,n237,n99);
not (n1064,n1065);
or (n1065,n1066,n1067);
and (n1066,n579,n665);
and (n1067,n580,n662);
nand (n1068,n919,n1065);
nor (n1069,n1070,n1071);
and (n1070,n10,n577);
not (n1071,n687);
nand (n1072,n915,n1069);
nand (n1074,n1075,n913);
not (n1075,n1073);
or (n1076,n910,n3);
xor (n1077,n1078,n1404);
xor (n1078,n1079,n1075);
xor (n1079,n1080,n1379);
xor (n1080,n1081,n1230);
xor (n1081,n1082,n1229);
xor (n1082,n1083,n1227);
xor (n1083,n1084,n1226);
xor (n1084,n1085,n1218);
xor (n1085,n1086,n1217);
xor (n1086,n1087,n1203);
xor (n1087,n1088,n1202);
xor (n1088,n1089,n1184);
xor (n1089,n1090,n590);
xor (n1090,n1091,n1163);
xor (n1091,n1092,n1162);
xor (n1092,n1093,n1142);
xor (n1093,n1094,n1141);
xor (n1094,n1095,n1120);
xor (n1095,n1096,n1119);
xor (n1096,n1097,n1100);
xor (n1097,n1098,n1099);
and (n1098,n932,n121);
and (n1099,n652,n119);
or (n1100,n1101,n1103);
and (n1101,n1102,n524);
and (n1102,n652,n121);
and (n1103,n1104,n1105);
xor (n1104,n1102,n524);
or (n1105,n1106,n1109);
and (n1106,n1107,n1108);
and (n1107,n525,n121);
and (n1108,n414,n119);
and (n1109,n1110,n1111);
xor (n1110,n1107,n1108);
or (n1111,n1112,n1114);
and (n1112,n1113,n215);
and (n1113,n414,n121);
and (n1114,n1115,n1116);
xor (n1115,n1113,n215);
or (n1116,n1117,n1118);
and (n1117,n715,n716);
and (n1118,n714,n717);
and (n1119,n525,n141);
or (n1120,n1121,n1124);
and (n1121,n1122,n1123);
xor (n1122,n1104,n1105);
and (n1123,n414,n141);
and (n1124,n1125,n1126);
xor (n1125,n1122,n1123);
or (n1126,n1127,n1130);
and (n1127,n1128,n1129);
xor (n1128,n1110,n1111);
and (n1129,n216,n141);
and (n1130,n1131,n1132);
xor (n1131,n1128,n1129);
or (n1132,n1133,n1136);
and (n1133,n1134,n1135);
xor (n1134,n1115,n1116);
and (n1135,n133,n141);
and (n1136,n1137,n1138);
xor (n1137,n1134,n1135);
or (n1138,n1139,n1140);
and (n1139,n713,n735);
and (n1140,n712,n736);
and (n1141,n414,n44);
or (n1142,n1143,n1145);
and (n1143,n1144,n537);
xor (n1144,n1125,n1126);
and (n1145,n1146,n1147);
xor (n1146,n1144,n537);
or (n1147,n1148,n1151);
and (n1148,n1149,n1150);
xor (n1149,n1131,n1132);
and (n1150,n133,n44);
and (n1151,n1152,n1153);
xor (n1152,n1149,n1150);
or (n1153,n1154,n1157);
and (n1154,n1155,n1156);
xor (n1155,n1137,n1138);
and (n1156,n125,n44);
and (n1157,n1158,n1159);
xor (n1158,n1155,n1156);
or (n1159,n1160,n1161);
and (n1160,n711,n750);
and (n1161,n710,n751);
and (n1162,n216,n37);
or (n1163,n1164,n1167);
and (n1164,n1165,n1166);
xor (n1165,n1146,n1147);
and (n1166,n133,n37);
and (n1167,n1168,n1169);
xor (n1168,n1165,n1166);
or (n1169,n1170,n1173);
and (n1170,n1171,n1172);
xor (n1171,n1152,n1153);
and (n1172,n125,n37);
and (n1173,n1174,n1175);
xor (n1174,n1171,n1172);
or (n1175,n1176,n1179);
and (n1176,n1177,n1178);
xor (n1177,n1158,n1159);
and (n1178,n168,n37);
and (n1179,n1180,n1181);
xor (n1180,n1177,n1178);
or (n1181,n1182,n1183);
and (n1182,n709,n759);
and (n1183,n708,n760);
or (n1184,n1185,n1188);
and (n1185,n1186,n1187);
xor (n1186,n1168,n1169);
and (n1187,n125,n30);
and (n1188,n1189,n1190);
xor (n1189,n1186,n1187);
or (n1190,n1191,n1194);
and (n1191,n1192,n1193);
xor (n1192,n1174,n1175);
and (n1193,n168,n30);
and (n1194,n1195,n1196);
xor (n1195,n1192,n1193);
or (n1196,n1197,n1199);
and (n1197,n1198,n51);
xor (n1198,n1180,n1181);
and (n1199,n1200,n1201);
xor (n1200,n1198,n51);
and (n1201,n707,n762);
and (n1202,n125,n422);
or (n1203,n1204,n1207);
and (n1204,n1205,n1206);
xor (n1205,n1189,n1190);
and (n1206,n168,n422);
and (n1207,n1208,n1209);
xor (n1208,n1205,n1206);
or (n1209,n1210,n1213);
and (n1210,n1211,n1212);
xor (n1211,n1195,n1196);
and (n1212,n50,n422);
and (n1213,n1214,n1215);
xor (n1214,n1211,n1212);
and (n1215,n1216,n461);
xor (n1216,n1200,n1201);
and (n1217,n168,n465);
or (n1218,n1219,n1222);
and (n1219,n1220,n1221);
xor (n1220,n1208,n1209);
and (n1221,n50,n465);
and (n1222,n1223,n1224);
xor (n1223,n1220,n1221);
and (n1224,n1225,n477);
xor (n1225,n1214,n1215);
and (n1226,n50,n638);
and (n1227,n1228,n1024);
xor (n1228,n1223,n1224);
and (n1229,n28,n950);
not (n1230,n1231);
xor (n1231,n1232,n984);
xor (n1232,n1233,n1376);
xor (n1233,n1234,n1375);
xor (n1234,n1235,n1368);
xor (n1235,n1236,n629);
xor (n1236,n1237,n1353);
xor (n1237,n1238,n1352);
xor (n1238,n1239,n1334);
xor (n1239,n1240,n1333);
xor (n1240,n1241,n1312);
xor (n1241,n1242,n1311);
xor (n1242,n1243,n1291);
xor (n1243,n1244,n1290);
xor (n1244,n1245,n1269);
xor (n1245,n1246,n1268);
xor (n1246,n1247,n1250);
xor (n1247,n1248,n1249);
and (n1248,n1005,n176);
and (n1249,n597,n68);
or (n1250,n1251,n1253);
and (n1251,n1252,n557);
and (n1252,n597,n176);
and (n1253,n1254,n1255);
xor (n1254,n1252,n557);
or (n1255,n1256,n1258);
and (n1256,n1257,n393);
and (n1257,n558,n176);
and (n1258,n1259,n1260);
xor (n1259,n1257,n393);
or (n1260,n1261,n1263);
and (n1261,n1262,n238);
and (n1262,n392,n176);
and (n1263,n1264,n1265);
xor (n1264,n1262,n238);
or (n1265,n1266,n1267);
and (n1266,n773,n774);
and (n1267,n772,n775);
and (n1268,n558,n69);
or (n1269,n1270,n1273);
and (n1270,n1271,n1272);
xor (n1271,n1254,n1255);
and (n1272,n392,n69);
and (n1273,n1274,n1275);
xor (n1274,n1271,n1272);
or (n1275,n1276,n1279);
and (n1276,n1277,n1278);
xor (n1277,n1259,n1260);
and (n1278,n237,n69);
and (n1279,n1280,n1281);
xor (n1280,n1277,n1278);
or (n1281,n1282,n1285);
and (n1282,n1283,n1284);
xor (n1283,n1264,n1265);
and (n1284,n180,n69);
and (n1285,n1286,n1287);
xor (n1286,n1283,n1284);
or (n1287,n1288,n1289);
and (n1288,n771,n794);
and (n1289,n770,n795);
and (n1290,n392,n60);
or (n1291,n1292,n1295);
and (n1292,n1293,n1294);
xor (n1293,n1274,n1275);
and (n1294,n237,n60);
and (n1295,n1296,n1297);
xor (n1296,n1293,n1294);
or (n1297,n1298,n1301);
and (n1298,n1299,n1300);
xor (n1299,n1280,n1281);
and (n1300,n180,n60);
and (n1301,n1302,n1303);
xor (n1302,n1299,n1300);
or (n1303,n1304,n1306);
and (n1304,n1305,n80);
xor (n1305,n1286,n1287);
and (n1306,n1307,n1308);
xor (n1307,n1305,n80);
or (n1308,n1309,n1310);
and (n1309,n769,n810);
and (n1310,n768,n811);
and (n1311,n237,n86);
or (n1312,n1313,n1316);
and (n1313,n1314,n1315);
xor (n1314,n1296,n1297);
and (n1315,n180,n86);
and (n1316,n1317,n1318);
xor (n1317,n1314,n1315);
or (n1318,n1319,n1322);
and (n1319,n1320,n1321);
xor (n1320,n1302,n1303);
and (n1321,n79,n86);
and (n1322,n1323,n1324);
xor (n1323,n1320,n1321);
or (n1324,n1325,n1328);
and (n1325,n1326,n1327);
xor (n1326,n1307,n1308);
and (n1327,n58,n86);
and (n1328,n1329,n1330);
xor (n1329,n1326,n1327);
or (n1330,n1331,n1332);
and (n1331,n767,n818);
and (n1332,n766,n819);
and (n1333,n180,n91);
or (n1334,n1335,n1338);
and (n1335,n1336,n1337);
xor (n1336,n1317,n1318);
and (n1337,n79,n91);
and (n1338,n1339,n1340);
xor (n1339,n1336,n1337);
or (n1340,n1341,n1344);
and (n1341,n1342,n1343);
xor (n1342,n1323,n1324);
and (n1343,n58,n91);
and (n1344,n1345,n1346);
xor (n1345,n1342,n1343);
or (n1346,n1347,n1349);
and (n1347,n1348,n94);
xor (n1348,n1329,n1330);
and (n1349,n1350,n1351);
xor (n1350,n1348,n94);
and (n1351,n765,n105);
and (n1352,n79,n428);
or (n1353,n1354,n1357);
and (n1354,n1355,n1356);
xor (n1355,n1339,n1340);
and (n1356,n58,n428);
and (n1357,n1358,n1359);
xor (n1358,n1355,n1356);
or (n1359,n1360,n1363);
and (n1360,n1361,n1362);
xor (n1361,n1345,n1346);
and (n1362,n92,n428);
and (n1363,n1364,n1365);
xor (n1364,n1361,n1362);
and (n1365,n1366,n1367);
xor (n1366,n1350,n1351);
and (n1367,n104,n428);
or (n1368,n1369,n1371);
and (n1369,n1370,n506);
xor (n1370,n1358,n1359);
and (n1371,n1372,n1373);
xor (n1372,n1370,n506);
and (n1373,n1374,n512);
xor (n1374,n1364,n1365);
and (n1375,n92,n643);
and (n1376,n1377,n1378);
xor (n1377,n1372,n1373);
and (n1378,n104,n643);
or (n1379,n1380,n1384,n1403);
and (n1380,n1381,n1382);
xor (n1381,n1228,n1024);
not (n1382,n1383);
xor (n1383,n1377,n1378);
and (n1384,n1382,n1385);
or (n1385,n1386,n1390,n1402);
and (n1386,n1387,n1388);
xor (n1387,n1225,n477);
not (n1388,n1389);
xor (n1389,n1374,n512);
and (n1390,n1388,n1391);
or (n1391,n1392,n1396,n1401);
and (n1392,n1393,n1394);
xor (n1393,n1216,n461);
not (n1394,n1395);
xor (n1395,n1366,n1367);
and (n1396,n1394,n1397);
or (n1397,n1398,n1399,n1400);
and (n1398,n706,n763);
and (n1399,n763,n822);
and (n1400,n706,n822);
and (n1401,n1393,n1397);
and (n1402,n1387,n1391);
and (n1403,n1381,n1385);
or (n1404,n1405,n1408,n1421);
and (n1405,n1406,n6);
xor (n1406,n1407,n1385);
xor (n1407,n1381,n1382);
and (n1408,n6,n1409);
or (n1409,n1410,n1413,n1420);
and (n1410,n1411,n906);
xor (n1411,n1412,n1391);
xor (n1412,n1387,n1388);
and (n1413,n906,n1414);
or (n1414,n1415,n1418,n1419);
and (n1415,n1416,n694);
xor (n1416,n1417,n1397);
xor (n1417,n1393,n1394);
and (n1418,n694,n702);
and (n1419,n1416,n702);
and (n1420,n1411,n1414);
and (n1421,n1406,n1409);
endmodule